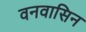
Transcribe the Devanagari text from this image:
वनवासिन